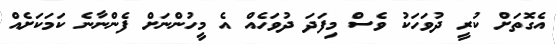
އެގޮތަށް ކުރީ ދުވަހަކު ވެސް މިފަދަ ދުވަހެއް އެ މީހުންނަށް ފެންނާނެ ކަމަކަށެއް